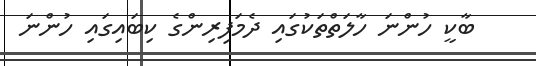
ބާކީ ހުންނަ ހާލަތްތަކުގައި ދެމަފިރިންގެ ކިބައިގައި ހުންނަ